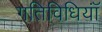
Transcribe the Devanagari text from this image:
गतिविधियॉं